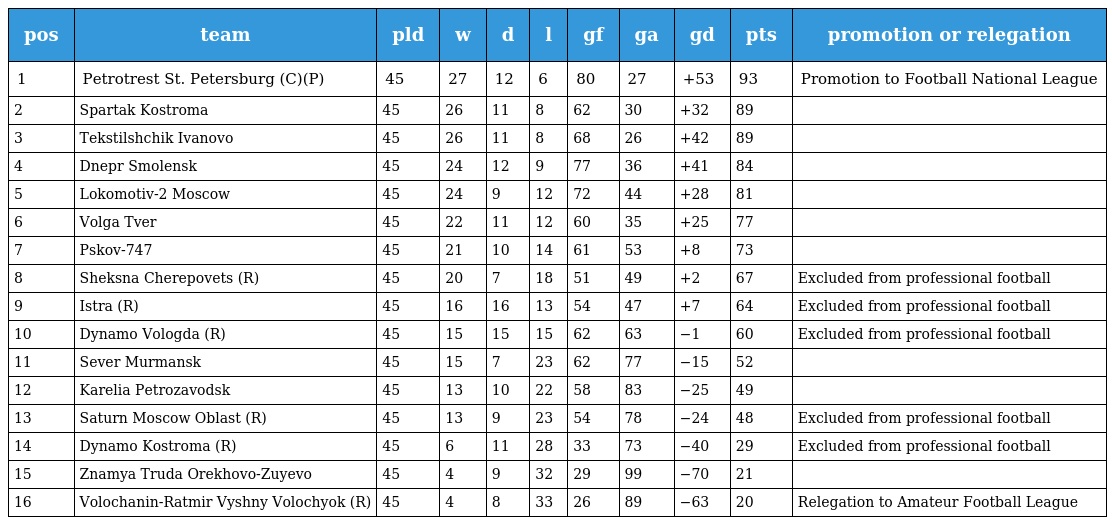
| pos | team | pld | w | d | l | gf | ga | gd | pts | promotion or relegation |
 | --- | --- | --- | --- | --- | --- | --- | --- | --- | --- | --- |
 | 1 | Petrotrest St. Petersburg (C)(P) | 45 | 27 | 12 | 6 | 80 | 27 | +53 | 93 | Promotion to Football National League |
 | 2 | Spartak Kostroma | 45 | 26 | 11 | 8 | 62 | 30 | +32 | 89 |  |
 | 3 | Tekstilshchik Ivanovo | 45 | 26 | 11 | 8 | 68 | 26 | +42 | 89 |  |
 | 4 | Dnepr Smolensk | 45 | 24 | 12 | 9 | 77 | 36 | +41 | 84 |  |
 | 5 | Lokomotiv-2 Moscow | 45 | 24 | 9 | 12 | 72 | 44 | +28 | 81 |  |
 | 6 | Volga Tver | 45 | 22 | 11 | 12 | 60 | 35 | +25 | 77 |  |
 | 7 | Pskov-747 | 45 | 21 | 10 | 14 | 61 | 53 | +8 | 73 |  |
 | 8 | Sheksna Cherepovets (R) | 45 | 20 | 7 | 18 | 51 | 49 | +2 | 67 | Excluded from professional football |
 | 9 | Istra (R) | 45 | 16 | 16 | 13 | 54 | 47 | +7 | 64 | Excluded from professional football |
 | 10 | Dynamo Vologda (R) | 45 | 15 | 15 | 15 | 62 | 63 | −1 | 60 | Excluded from professional football |
 | 11 | Sever Murmansk | 45 | 15 | 7 | 23 | 62 | 77 | −15 | 52 |  |
 | 12 | Karelia Petrozavodsk | 45 | 13 | 10 | 22 | 58 | 83 | −25 | 49 |  |
 | 13 | Saturn Moscow Oblast (R) | 45 | 13 | 9 | 23 | 54 | 78 | −24 | 48 | Excluded from professional football |
 | 14 | Dynamo Kostroma (R) | 45 | 6 | 11 | 28 | 33 | 73 | −40 | 29 | Excluded from professional football |
 | 15 | Znamya Truda Orekhovo-Zuyevo | 45 | 4 | 9 | 32 | 29 | 99 | −70 | 21 |  |
 | 16 | Volochanin-Ratmir Vyshny Volochyok (R) | 45 | 4 | 8 | 33 | 26 | 89 | −63 | 20 | Relegation to Amateur Football League |